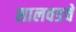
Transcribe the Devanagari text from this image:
सालवडचे